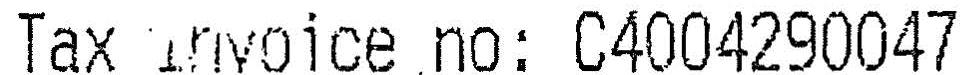
TAX INVOICE NO: C4004290047